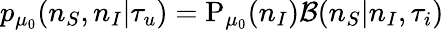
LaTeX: p_{\mu_{0}}(n_{S},n_{I}|\tau_{u})=\mathrm{P}_{\mu_{0}}(n_{I})\mathcal{B}(n_{S}|n_{I},\tau_{i})